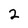
Character: 2